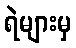
ရဲများမှ